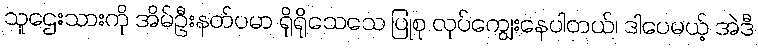
သူဌေးသားကို အိမ်ဦးနတ်ပမာ ရိုရိုသေသေ ပြုစု လုပ်ကျွေးနေပါတယ်၊ ဒါပေမယ့် အဲဒီ